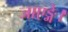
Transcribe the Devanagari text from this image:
जाएङ्गे।